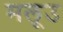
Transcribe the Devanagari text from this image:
मलूउ